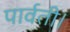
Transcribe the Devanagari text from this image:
पार्वती।